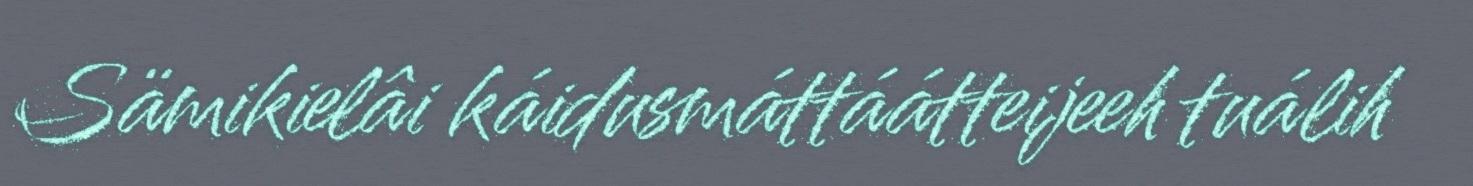
Sämikielâi káidusmáttáátteijeeh tuálih